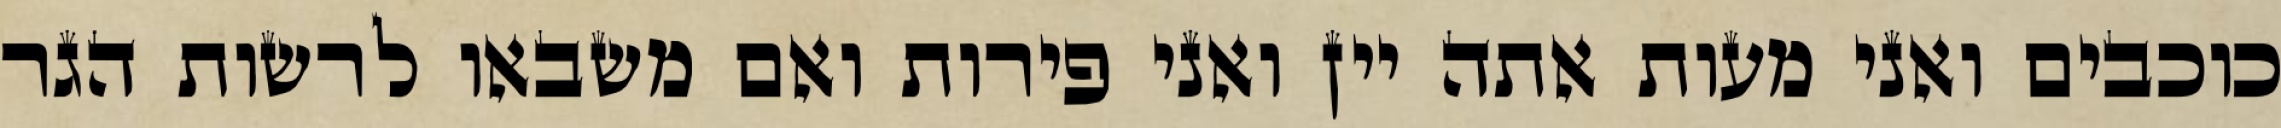
כוכבים ואני מעות אתה יין ואני פירות ואם משבאו לרשות הגר